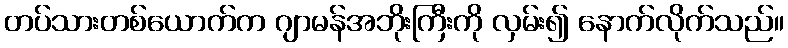
တပ်သားတစ်ယောက်က ဂျာမန်အဘိုးကြီးကို လှမ်း၍ နောက်လိုက်သည်။